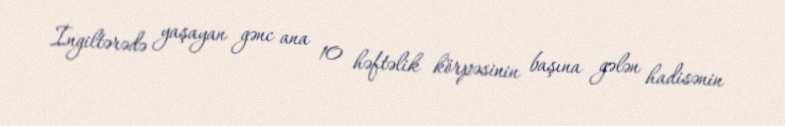
İngiltərədə yaşayan gənc ana 10 həftəlik körpəsinin başına gələn hadisənin